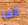
انها